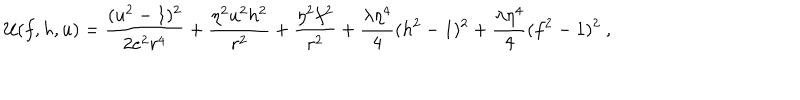
LaTeX: { \cal U } ( f , h , u ) = \frac { ( u ^ { 2 } - 1 ) ^ { 2 } } { 2 e ^ { 2 } r ^ { 4 } } + \frac { \eta ^ { 2 } u ^ { 2 } h ^ { 2 } } { r ^ { 2 } } + \frac { \eta ^ { 2 } f ^ { 2 } } { r ^ { 2 } } + \frac { \lambda \eta ^ { 4 } } 4 ( h ^ { 2 } - 1 ) ^ { 2 } + \frac { \lambda \eta ^ { 4 } } 4 ( f ^ { 2 } - 1 ) ^ { 2 } \ ,